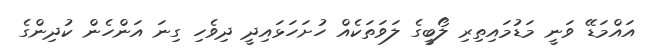
އައްމަޑޭ ވަނީ މަޑުމައިތިރި ލޯބީގެ ލަވަތަކެއް ހުށަހަޅައިދީ ދިވެހި ގިނަ އަންހެން ކުދިންގެ